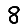
Digit: 8